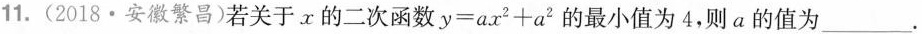
11.(2018·安徽繁昌)若关于x的二次函数$$y=ax^{2}+a^{2 }$$的最小值为4，则a的值为____。